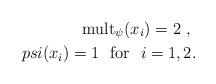
LaTeX: \begin{align*}\mbox{mult}_{\psi} ( x_i ) = 2 \ , \ \\psi ( x_i ) = 1 \ \ \mbox{for \ } i = 1 , 2 .\end{align*}